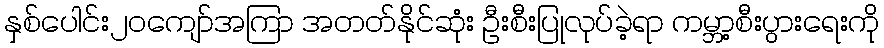
နှစ်ပေါင်း၂၀ကျော်အကြာ အတတ်နိုင်ဆုံး ဦးစီးပြုလုပ်ခဲ့ရာ ကမ္ဘာ့စီးပွားရေးကို